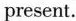
present。